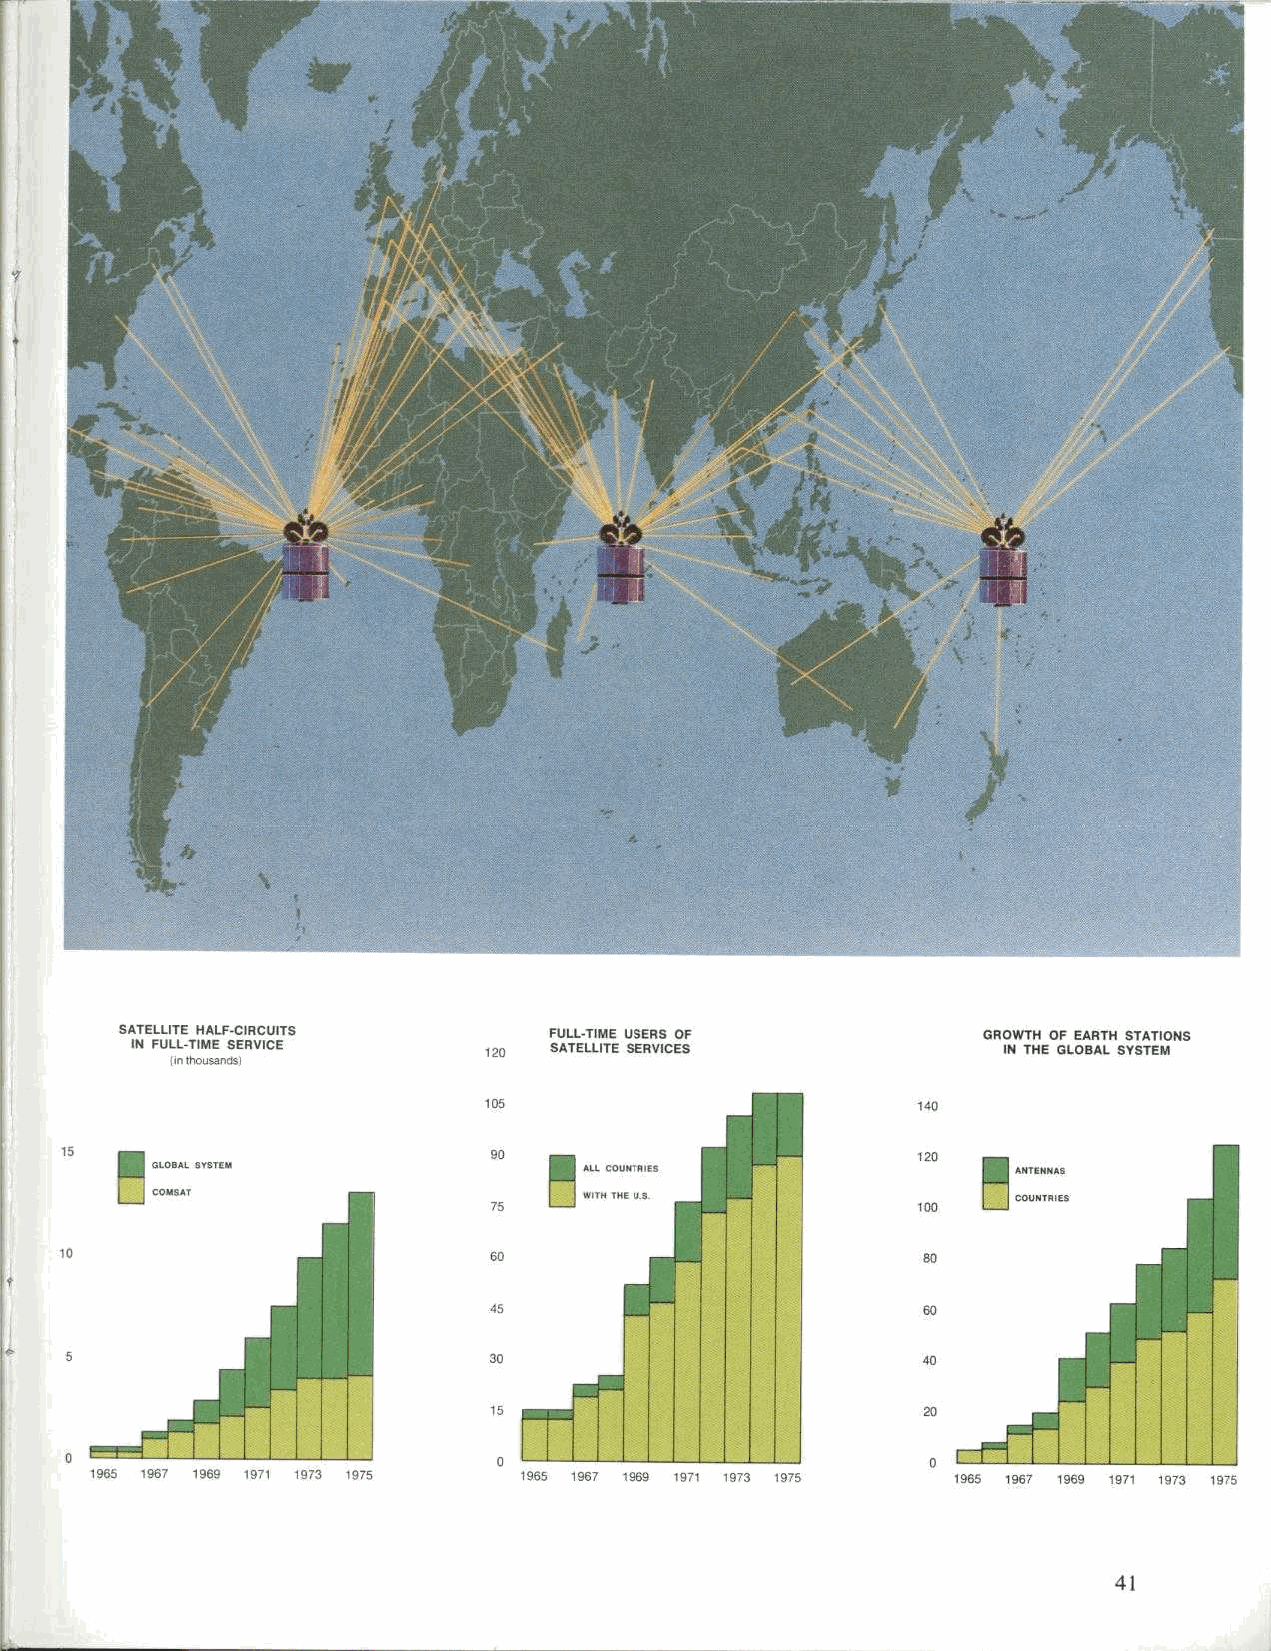
7
 I
 SATELLITE HALF-CIRCUITS     FULL-TIME USERS OF           GROWTH OF EARTH STATIONS
 IN FULL-TIME SERVICE       SATELLITE SERVICES            IN THE GLOBAL SYSTEM
 in th."Sa,d
 101 GLOBAL SYSTEM                                        rl ANTENNAS
 COMSAT                                                   COUNTRIE!
 1965 1967 1969 1971 1973 1975
 41